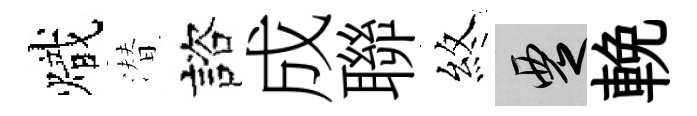
熾潜諮成聯煞覂輓